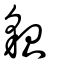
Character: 皃